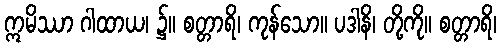
ဣမိဿာ ဂါထာယ၊ ၌။ စတ္တာရိ၊ ကုန်သော။ ပဒါနိ၊ တို့ကို။ စတ္တာရိ၊